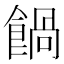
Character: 𩝄